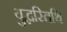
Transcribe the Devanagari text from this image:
युद्धस्तिथि